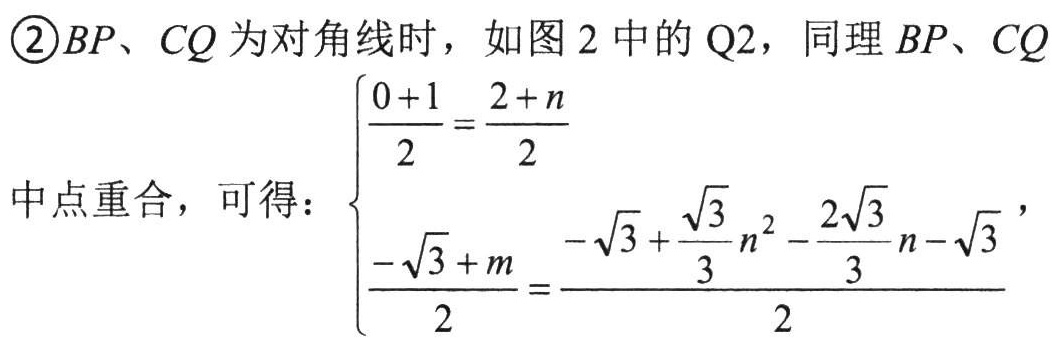
\textcircled{2}\(BP\)、\(CQ\)为对角线时，如图 2 中的 Q2，同理\(BP\)、\(CQ\)
中点重合，可得：\(\begin{cases}\dfrac{0 + 1}{2}=\dfrac{2 + n}{2}\\\dfrac{-\sqrt{3}+m}{2}=\dfrac{-\sqrt{3}+\dfrac{\sqrt{3}}{3}n^{2}-\dfrac{2\sqrt{3}}{3}n-\sqrt{3}}{2}\end{cases}\)